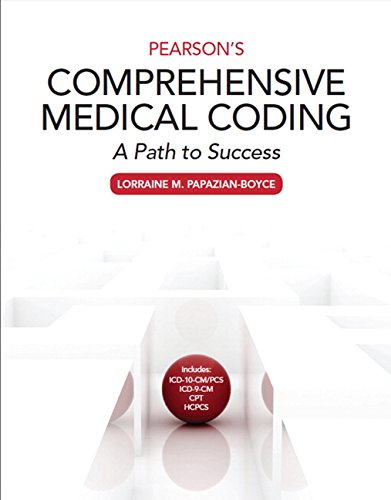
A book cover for Pearson's Comprehensive Medical Coding; Lorraine M. Papazian-Boyce MS; Medical Books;